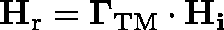
\mathbf { H } _ { \mathrm { r } } = \mathbf { \Gamma } _ { \mathrm { T M } } \cdot \mathbf { H _ { i } }